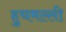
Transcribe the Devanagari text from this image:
हुचमल्ली